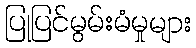
ပြုပြင်မွမ်းမံမှုများ